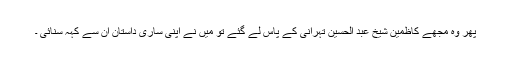
پھر وہ مجھے کاظمین شیخ عبد الحسین تہرانی کے پاس لے گئے تو میں نے اپنی ساری داستان ان سے کہہ سنائی ۔